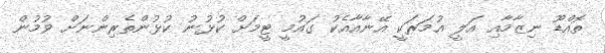
ތޮއްޑޫ ނިޒާމާއި އަލީ އުމަރަކީ އޭނާއާއެކު ގައުމީ ޓީމަށް ކުޅުނު ކުޅުންތެރިންނަށް ވުމުން